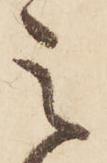
之